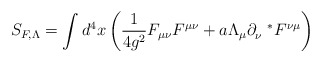
\begin{align*}S_{F,\Lambda}=\int d^{4}x\left(\frac{1}{4g^2}F_{\mu\nu}F^{\mu\nu}+a\Lambda_{\mu}\partial_{\nu}^{~~*}F^{\nu\mu}\right)\end{align*}